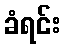
ခံရင်း